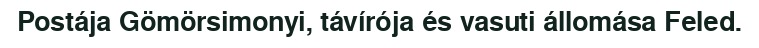
Postája Gömörsimonyi, távírója és vasuti állomása Feled.